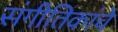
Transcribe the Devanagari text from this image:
संगीतिकांचे